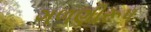
ગળણીરૂપ